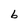
Character: b